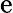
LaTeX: \mathrm{e}